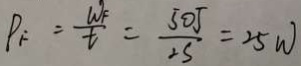
P _ { F } = \frac { W _ { F } } { t } = \frac { 5 0 J } { 2 s } = 2 5 w